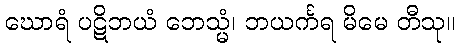
ဃောရံ ပဋိဘယံ ဘေသ္မံ၊ ဘယင်္ကရ မိမေ တီသု။